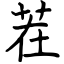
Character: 茬